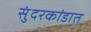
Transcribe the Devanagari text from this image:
सुंदरकांडात